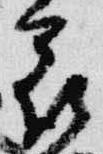
花